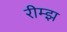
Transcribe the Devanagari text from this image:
रीम्झ